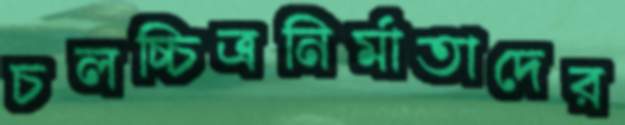
চলচ্চিত্রনির্মাতাদের